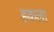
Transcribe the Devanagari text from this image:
हकला